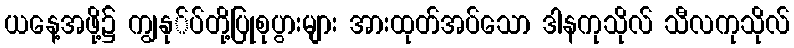
ယနေ့အဖို့၌ ကျွနု်ပ်တို့ပြုစုပွားများ အားထုတ်အပ်သော ဒါနကုသိုလ် သီလကုသိုလ်